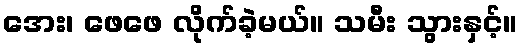
အေး၊ ဖေဖေ လိုက်ခဲ့မယ်။ သမီး သွားနှင့်။